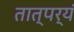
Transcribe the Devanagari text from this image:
तात्पर्यं